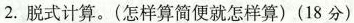
2.脱式计算。(怎样算简便就怎样算)(18分)